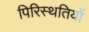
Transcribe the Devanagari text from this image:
पिरिस्थतियों